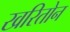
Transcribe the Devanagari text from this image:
खरितोन